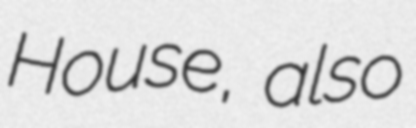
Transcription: House, also